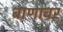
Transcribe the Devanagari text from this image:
बाणावर